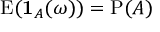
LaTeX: \operatorname { E } ( \mathbf { 1 } _ { A } ( \omega ) ) = \operatorname { P } ( A )